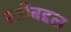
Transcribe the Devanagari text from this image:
स्त्रीबद्दल